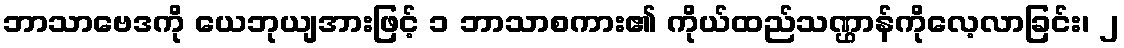
ဘာသာဗေဒကို ယေဘုယျအားဖြင့် ၁ ဘာသာစကား၏ ကိုယ်ထည်သဏ္ဌာန်ကိုလေ့လာခြင်း၊ ၂